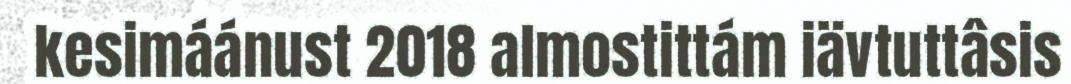
kesimáánust 2018 almostittám iävtuttâsis